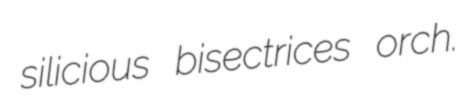
silicious bisectrices orch.